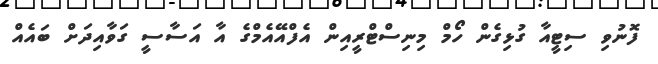
ފޮނުވި ސިޓީއާ ގުޅިގެން ހޯމް މިނިސްޓްރީއިން އެފްއޭއެމްގެ އާ އަސާސީ ގަވާއިދަށް ބައެއް